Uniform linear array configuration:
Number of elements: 8
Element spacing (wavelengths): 0.5
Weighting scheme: hamming
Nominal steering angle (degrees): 60
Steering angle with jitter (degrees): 60.768
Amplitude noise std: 0.05
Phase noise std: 0.05

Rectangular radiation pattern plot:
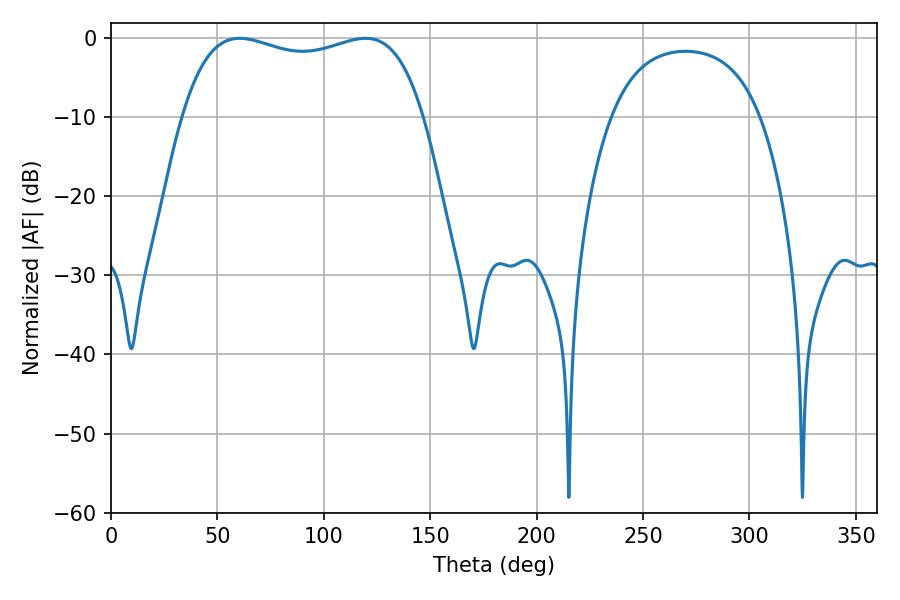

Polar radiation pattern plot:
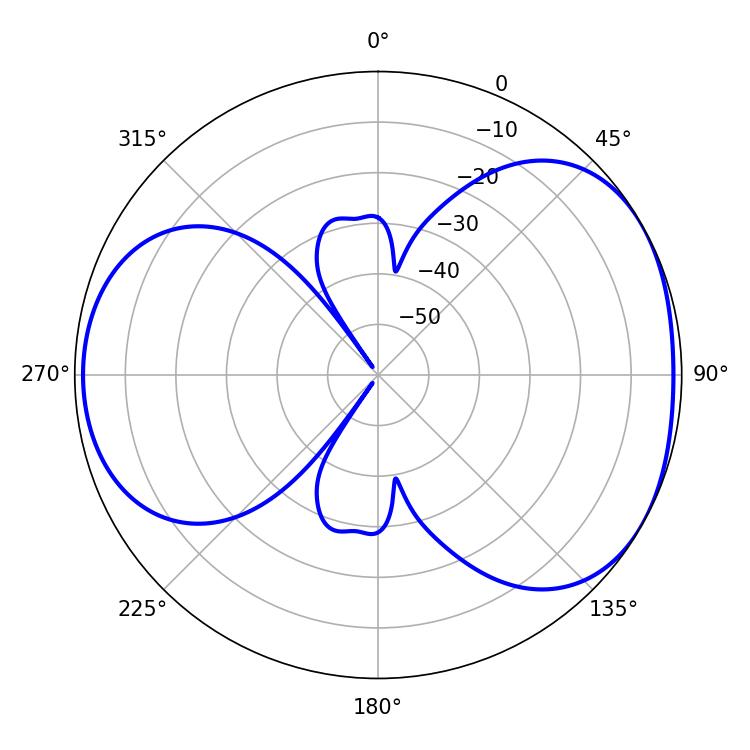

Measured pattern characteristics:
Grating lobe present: FALSE
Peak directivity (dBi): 4.458
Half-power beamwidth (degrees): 92.16
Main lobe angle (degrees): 60.48